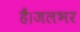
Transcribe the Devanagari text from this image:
हैं।जलभर